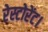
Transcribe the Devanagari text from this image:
रेस्टोरेंट।